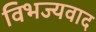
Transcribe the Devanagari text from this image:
विभज्यवाद